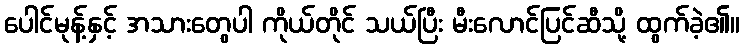
ပေါင်မုန့်နှင့် အသားတွေပါ ကိုယ်တိုင် သယ်ပြီး မီးလောင်ပြင်ဆီသို့ ထွက်ခဲ့၏။